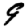
Digit: 9